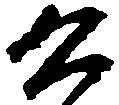
公